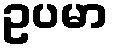
ဥပမာ